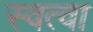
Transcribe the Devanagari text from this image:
स्वत्वा